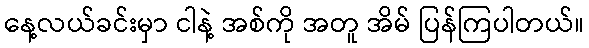
နေ့လယ်ခင်းမှာ ငါနဲ့ အစ်ကို အတူ အိမ် ပြန်ကြပါတယ်။